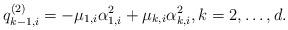
LaTeX: \begin{align*}q^{(2)}_{k-1,i} = -\mu_{1,i}\alpha_{1,i}^2 + \mu_{k,i} \alpha_{k,i}^2, k=2,\ldots,d.\end{align*}